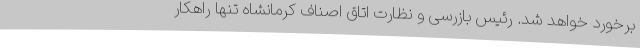
برخورد خواهد شد. رئیس بازرسی و نظارت اتاق اصناف کرمانشاه تنها راهکار